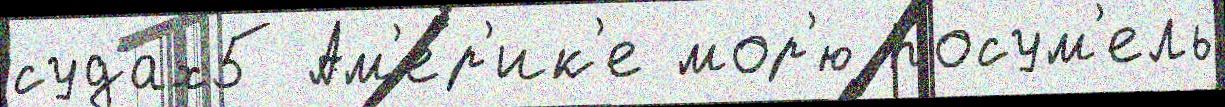
судах5 Ам'е́р'ик'е мор'ю Косум'ель